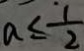
a \leq \frac { 1 } { 2 }